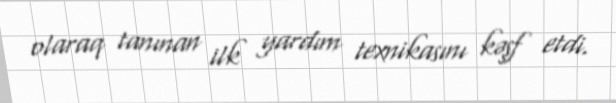
olaraq tanınan ilk yardım texnikasını kəşf etdi.